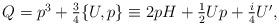
LaTeX: \begin{align*}\begin{array}{l} Q=p^3+{3 \over 4}\{U,p\}\equiv 2pH+{1 \over2} U p+ {i \over4}U', \end{array} \end{align*}